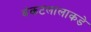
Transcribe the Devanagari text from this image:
बंकटलालाकडे